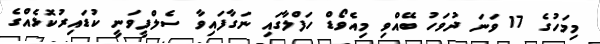
މިމަހުގެ 17 ވަނަ ދުވަހު ބޭއްވި މިއެވޯޑް ހަފްލާގައި ނަގާފައިވާ ސެލްފީވަނީ ކުޑައިރުކޮޅެއްގެ